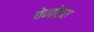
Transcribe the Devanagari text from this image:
बेनोइय